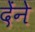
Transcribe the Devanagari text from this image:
देंने